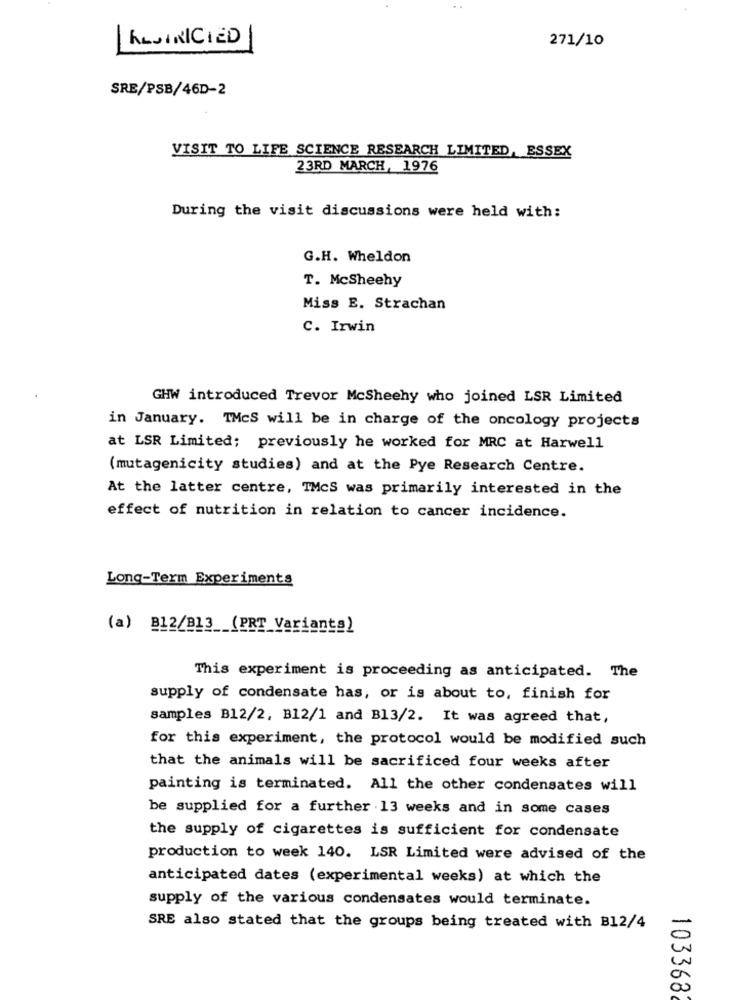
KLUINICIED
271/10
SRE/PSB/46D-2
VISIT TO LIFE SCIENCE RESEARCH LIMITED, ESSEX
23RD MARCH, 1976
During the visit discussions were held with:
G.H. Wheldon
T. McSheehy
Miss E. Strachan
C. Irwin
GHW introduced Trevor McSheehy who joined LSR Limited
in January. TMcS will be in charge of the oncology projects
at LSR Limited; previously he worked for MRC at Harwell
(mutagenicity studies) and at the Pye Research Centre.
At the latter centre, TMcS was primarily interested in the
effect of nutrition in relation to cancer incidence.
Long-Term Experiments
(a) B12/B13_(PRT_Varianta)
This experiment is proceeding as anticipated. The
supply of condensate has, or is about to, finish for
samples B12/2, B12/1 and B13/2. It was agreed that,
for this experiment, the protocol would be modified such
that the animals will be sacrificed four weeks after
painting is terminated. All the other condensates will
be supplied for a further .13 weeks and in some cases
the supply of cigarettes is sufficient for condensate
production to week 140. LSR Limited were advised of the
anticipated dates (experimental weeks) at which the
supply of the various condensates would terminate.
SRE also stated that the groups being treated with B12/4
1033682